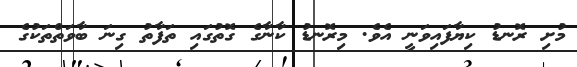
މުށި ރޮނޑު ކިޔާފައިވަނީ އެވެ. މިރޮނޑު ކާނާގެ ގޮތުގައި ތަފާތު ގިނަ ބާވަތްތަކުގެ